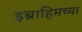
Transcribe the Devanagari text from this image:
इब्राहिमच्या